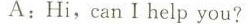
A:Hi,can Ⅰ help you?